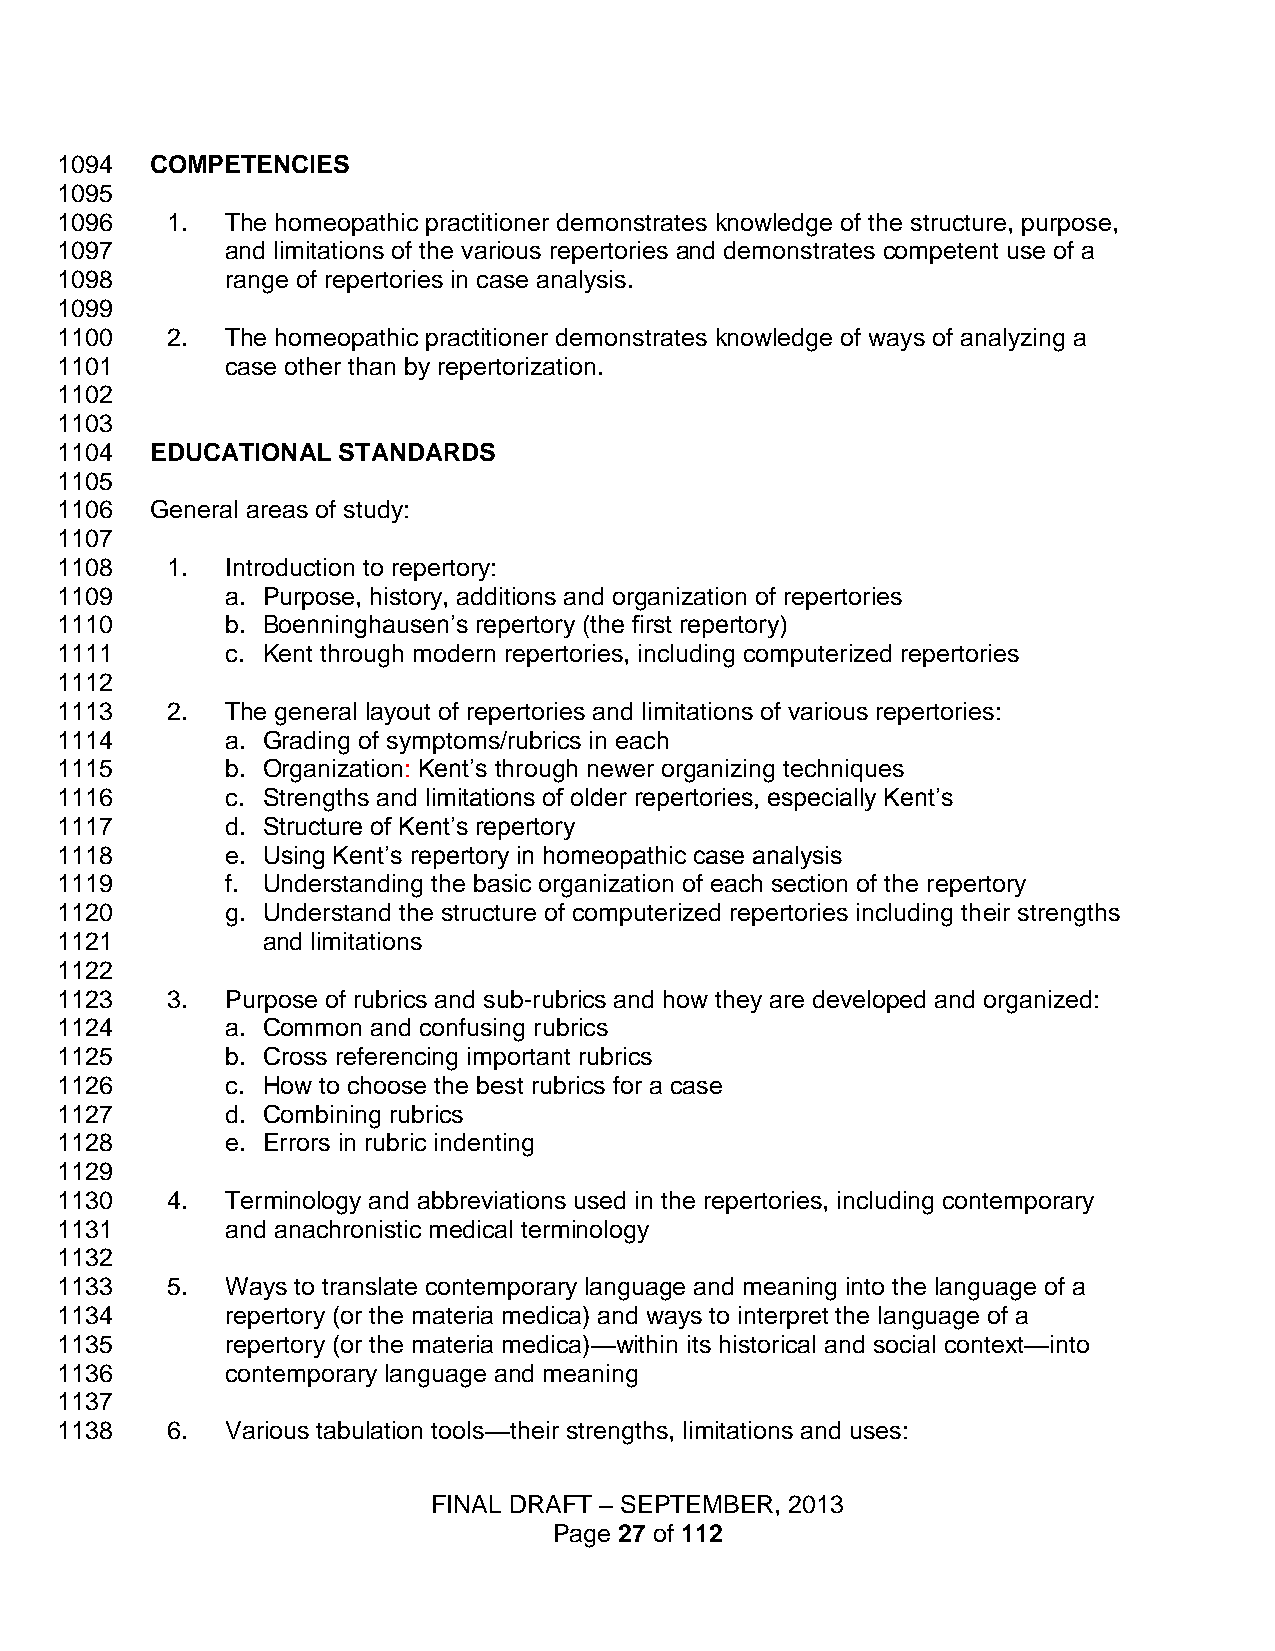
1094  COMPETENCIES
 1095
 1096   1.  The homeopathic practitioner demonstrates knowledge of the structure, purpose,
 1097       and limitations of the various repertories and demonstrates competent use of a
 1098       range of repertories in case analysis.
 1099
 1100   2.  The homeopathic practitioner demonstrates knowledge of ways of analyzing a
 1101       case other than by repertorization.
 1102
 1103
 1104  EDUCATIONAL STANDARDS
 1105
 1106  General areas of study:
 1107
 1108   1.  Introduction to repertory:
 1109       a. Purpose, history, additions and organization of repertories
 1110       b. Boenninghausen’s repertory (the first repertory)
 1111       c. Kent through modern repertories, including computerized repertories
 1112
 1113   2.  The general layout of repertories and limitations of various repertories:
 1114       a. Grading of symptoms/rubrics in each
 1115       b. Organization: Kent’s through newer organizing techniques
 1116       c. Strengths and limitations of older repertories, especially Kent’s
 1117       d. Structure of Kent’s repertory
 1118       e. Using Kent’s repertory in homeopathic case analysis
 1119       f. Understanding the basic organization of each section of the repertory
 1120       g. Understand the structure of computerized repertories including their strengths
 1121         and limitations
 1122
 1123   3.  Purpose of rubrics and sub-rubrics and how they are developed and organized:
 1124       a. Common and confusing rubrics
 1125       b. Cross referencing important rubrics
 1126       c. How to choose the best rubrics for a case
 1127       d. Combining rubrics
 1128       e. Errors in rubric indenting
 1129
 1130   4.  Terminology and abbreviations used in the repertories, including contemporary
 1131       and anachronistic medical terminology
 1132
 1133   5.  Ways to translate contemporary language and meaning into the language of a
 1134       repertory (or the materia medica) and ways to interpret the language of a
 1135       repertory (or the materia medica)—within its historical and social context—into
 1136       contemporary language and meaning
 1137
 1138   6.  Various tabulation tools—their strengths, limitations and uses:
 FINAL DRAFT – SEPTEMBER, 2013
 Page 27 of 112